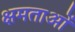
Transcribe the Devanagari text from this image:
क्षमताआें